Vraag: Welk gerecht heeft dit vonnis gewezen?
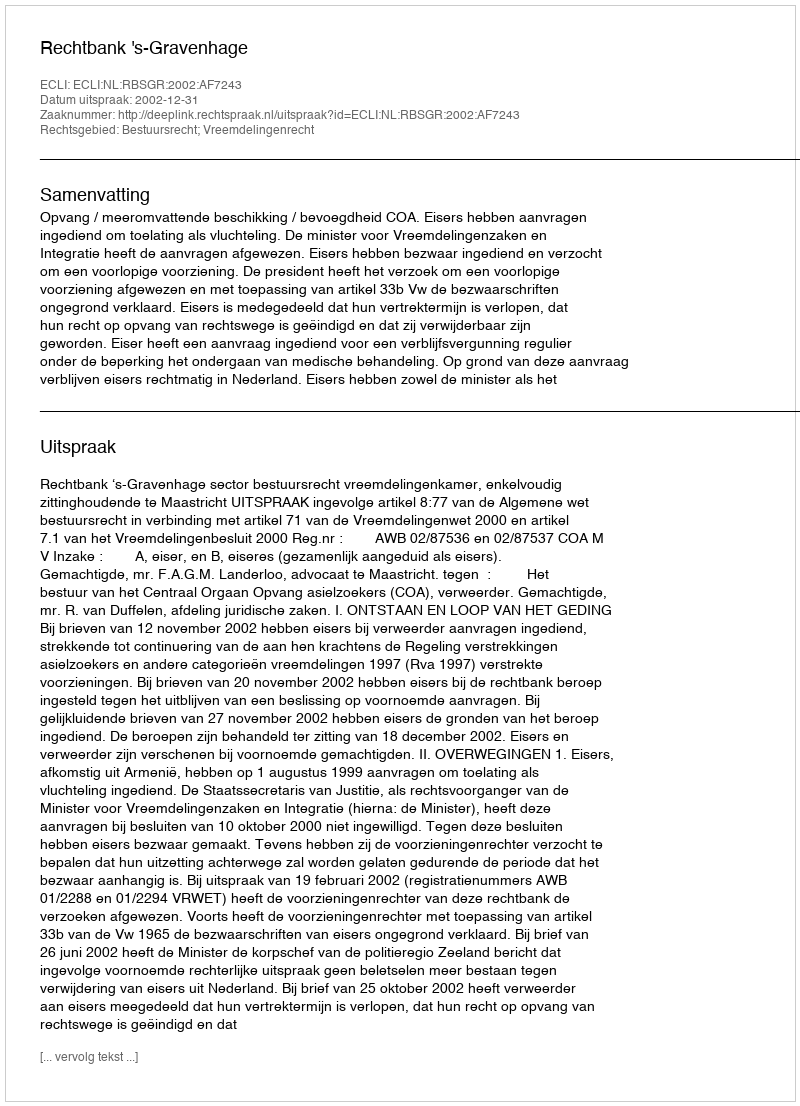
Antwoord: Rechtbank 's-Gravenhage